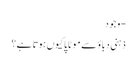
- وجود
ذہنی دباؤ سے موٹاپا کیوں ہوتا ہے؟